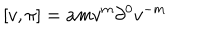
LaTeX: \lbrack v , \pi ] = a m v ^ { m } \partial ^ { 0 } v ^ { - m }